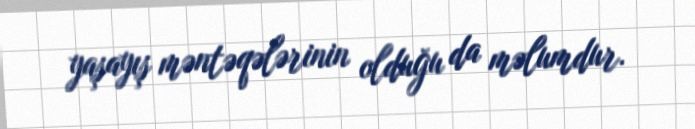
yaşayış məntəqələrinin olduğu da məlumdur.